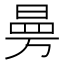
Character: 𭦟